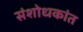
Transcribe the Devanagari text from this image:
संशोधकांत